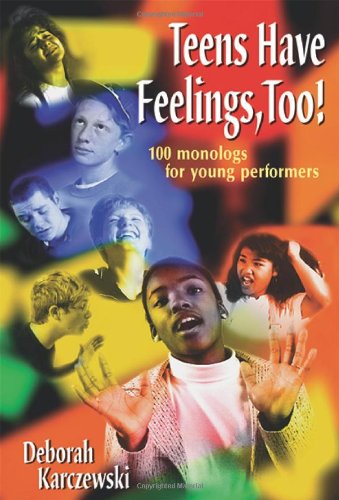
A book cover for Teens Have Feelings, Too!: 100 Monologs for Young Performers; Deborah Karczewski; Teen & Young Adult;